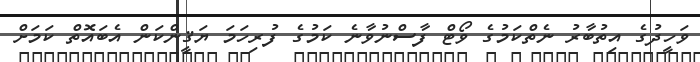
ވަހީދުގެ އިތުބާރު ނެތްކަމުގެ ވޯޓް ފާސްނުވާނެ ކަމުގެ ފުރިހަމަ ޔަޤީންކަން އެބައޮތް ކަމަށް